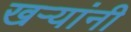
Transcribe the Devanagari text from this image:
खऱ्यांनी